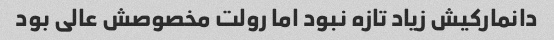
دانمارکیش زیاد تازه نبود اما رولت مخصوصش عالی بود